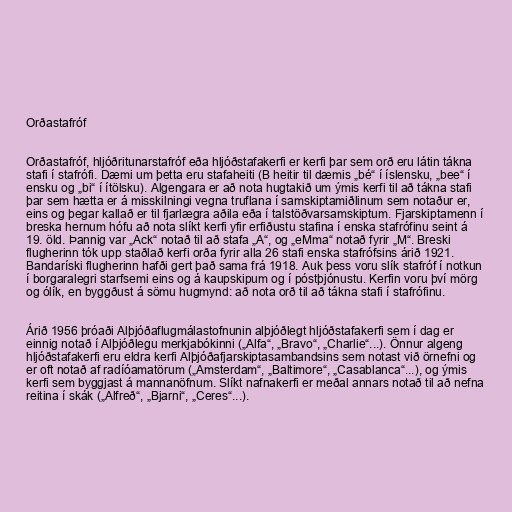
Orðastafróf

Orðastafróf, hljóðritunarstafróf eða hljóðstafakerfi er kerfi þar sem orð eru látin tákna
stafi í stafrófi. Dæmi um þetta eru stafaheiti (B heitir til dæmis „bé“ í íslensku, „bee“ í
ensku og „bi“ í ítölsku). Algengara er að nota hugtakið um ýmis kerfi til að tákna stafi
þar sem hætta er á misskilningi vegna truflana í samskiptamiðlinum sem notaður er,
eins og þegar kallað er til fjarlægra aðila eða í talstöðvarsamskiptum. Fjarskiptamenn í
breska hernum hófu að nota slíkt kerfi yfir erfiðustu stafina í enska stafrófinu seint á
19. öld. Þannig var „Ack“ notað til að stafa „A“, og „eMma“ notað fyrir „M“. Breski
flugherinn tók upp staðlað kerfi orða fyrir alla 26 stafi enska stafrófsins árið 1921.
Bandaríski flugherinn hafði gert það sama frá 1918. Auk þess voru slík stafróf í notkun
í borgaralegri starfsemi eins og á kaupskipum og í póstþjónustu. Kerfin voru því mörg
og ólík, en byggðust á sömu hugmynd: að nota orð til að tákna stafi í stafrófinu.

Árið 1956 þróaði Alþjóðaflugmálastofnunin alþjóðlegt hljóðstafakerfi sem í dag er
einnig notað í Alþjóðlegu merkjabókinni („Alfa“, „Bravo“, „Charlie“...). Önnur algeng
hljóðstafakerfi eru eldra kerfi Alþjóðafjarskiptasambandsins sem notast við örnefni og
er oft notað af radíóamatörum („Amsterdam“, „Baltimore“, „Casablanca“...), og ýmis
kerfi sem byggjast á mannanöfnum. Slíkt nafnakerfi er meðal annars notað til að nefna
reitina í skák („Alfreð“, „Bjarni“, „Ceres“...).